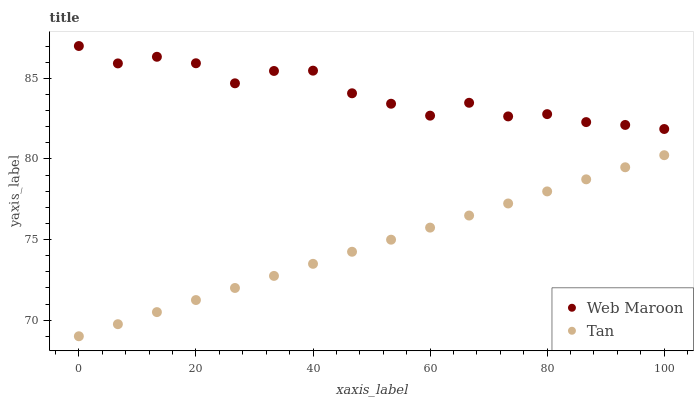
| xaxis_label | Web Maroon | Tan |
 | --- | --- | --- |
 | 0 | 87 | 69 |
 | 6.67 | 85.9 | 69.7 |
 | 13.3 | 86.3 | 70.5 |
 | 20 | 85.9 | 71.2 |
 | 26.7 | 84.7 | 72 |
 | 33.3 | 85.5 | 72.7 |
 | 40 | 85.5 | 73.5 |
 | 46.7 | 84.1 | 74.2 |
 | 53.3 | 83.4 | 75 |
 | 60 | 82.7 | 75.7 |
 | 66.7 | 83.5 | 76.5 |
 | 73.3 | 82.6 | 77.2 |
 | 80 | 82.8 | 78 |
 | 86.7 | 82.3 | 78.7 |
 | 93.3 | 82.1 | 79.5 |
 | 100 | 81.9 | 80.2 |